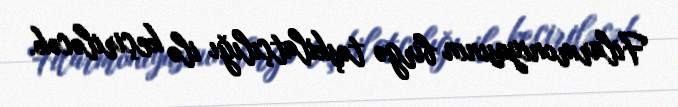
Filarmoniyasının birgə təşkilatçılığı ilə keçiriləcək.